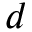
d